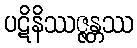
ပဋိနိဿဇ္ဇန္တဿ